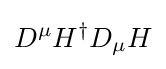
D^{\mu }H^{\dagger }D_{\mu }H